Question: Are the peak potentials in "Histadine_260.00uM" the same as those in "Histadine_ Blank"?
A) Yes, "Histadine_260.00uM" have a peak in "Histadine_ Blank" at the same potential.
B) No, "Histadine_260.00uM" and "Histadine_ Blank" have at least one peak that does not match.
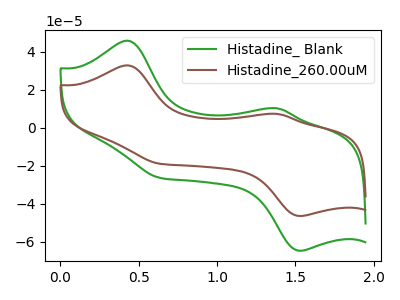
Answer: <think>The green curve "Histadine_ Blank" has anodic peaks at (0.45V, 45.90uA) (1.40V, 10.30uA) and cathodic peaks at (1.55V, -64.60uA) (0.65V, -26.20uA). The brown curve "Histadine_260.00uM" has anodic peaks at (0.45V, 32.90uA) (1.40V, 7.35uA) and cathodic peaks at (1.55V, -46.30uA) (0.65V, -18.80uA).</think>
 <answer>A) Yes, "Histadine_260.00uM" have a peak in "Histadine_ Blank" at the same potential.</answer>
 <eval>A</eval>